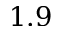
1 . 9